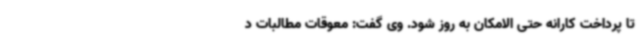
تا پرداخت کارانه حتی الامکان به روز شود. وی گفت: معوقات مطالبات د